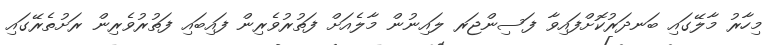
މިހާރު މާލޭގައި ބަނދަރުކޮށްފައިވާ ފަސިންޖަރ ލައިނުން މާލެއަށް ފަތުރުވެރިން ފައިބައި ފަތުރުވެރިން ރަށުތެރޭގައި